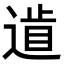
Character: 𨕐